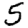
Digit: 5